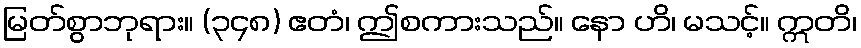
မြတ်စွာဘုရား။ (၃၄၈) ဧတံ၊ ဤစကားသည်။ နော ဟိ၊ မသင့်။ ဣတိ၊